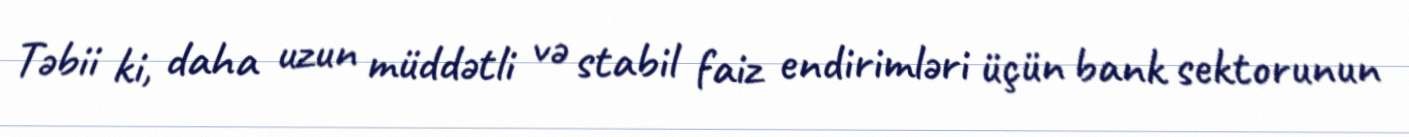
Təbii ki, daha uzun müddətli və stabil faiz endirimləri üçün bank sektorunun